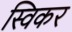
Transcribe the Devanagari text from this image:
स्विकर